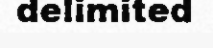
delimited